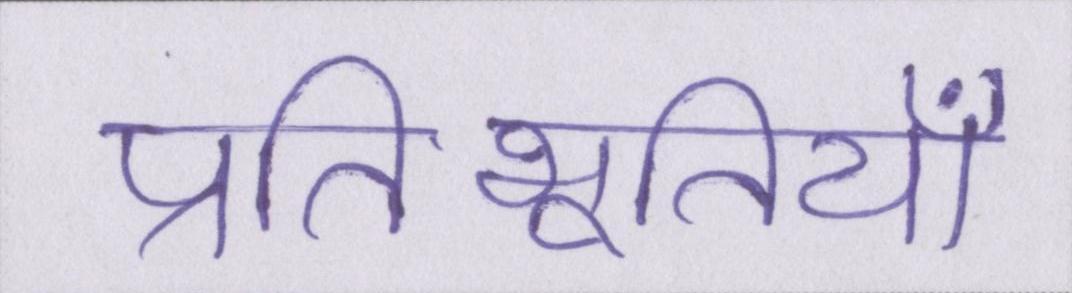
प्रतिभूतियाँ